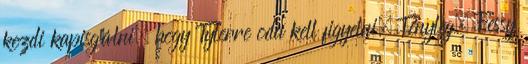
kezdi kapisgálni, hogy Tylerre oda kell figyelni. Tényleg, Fessy